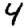
Digit: 4